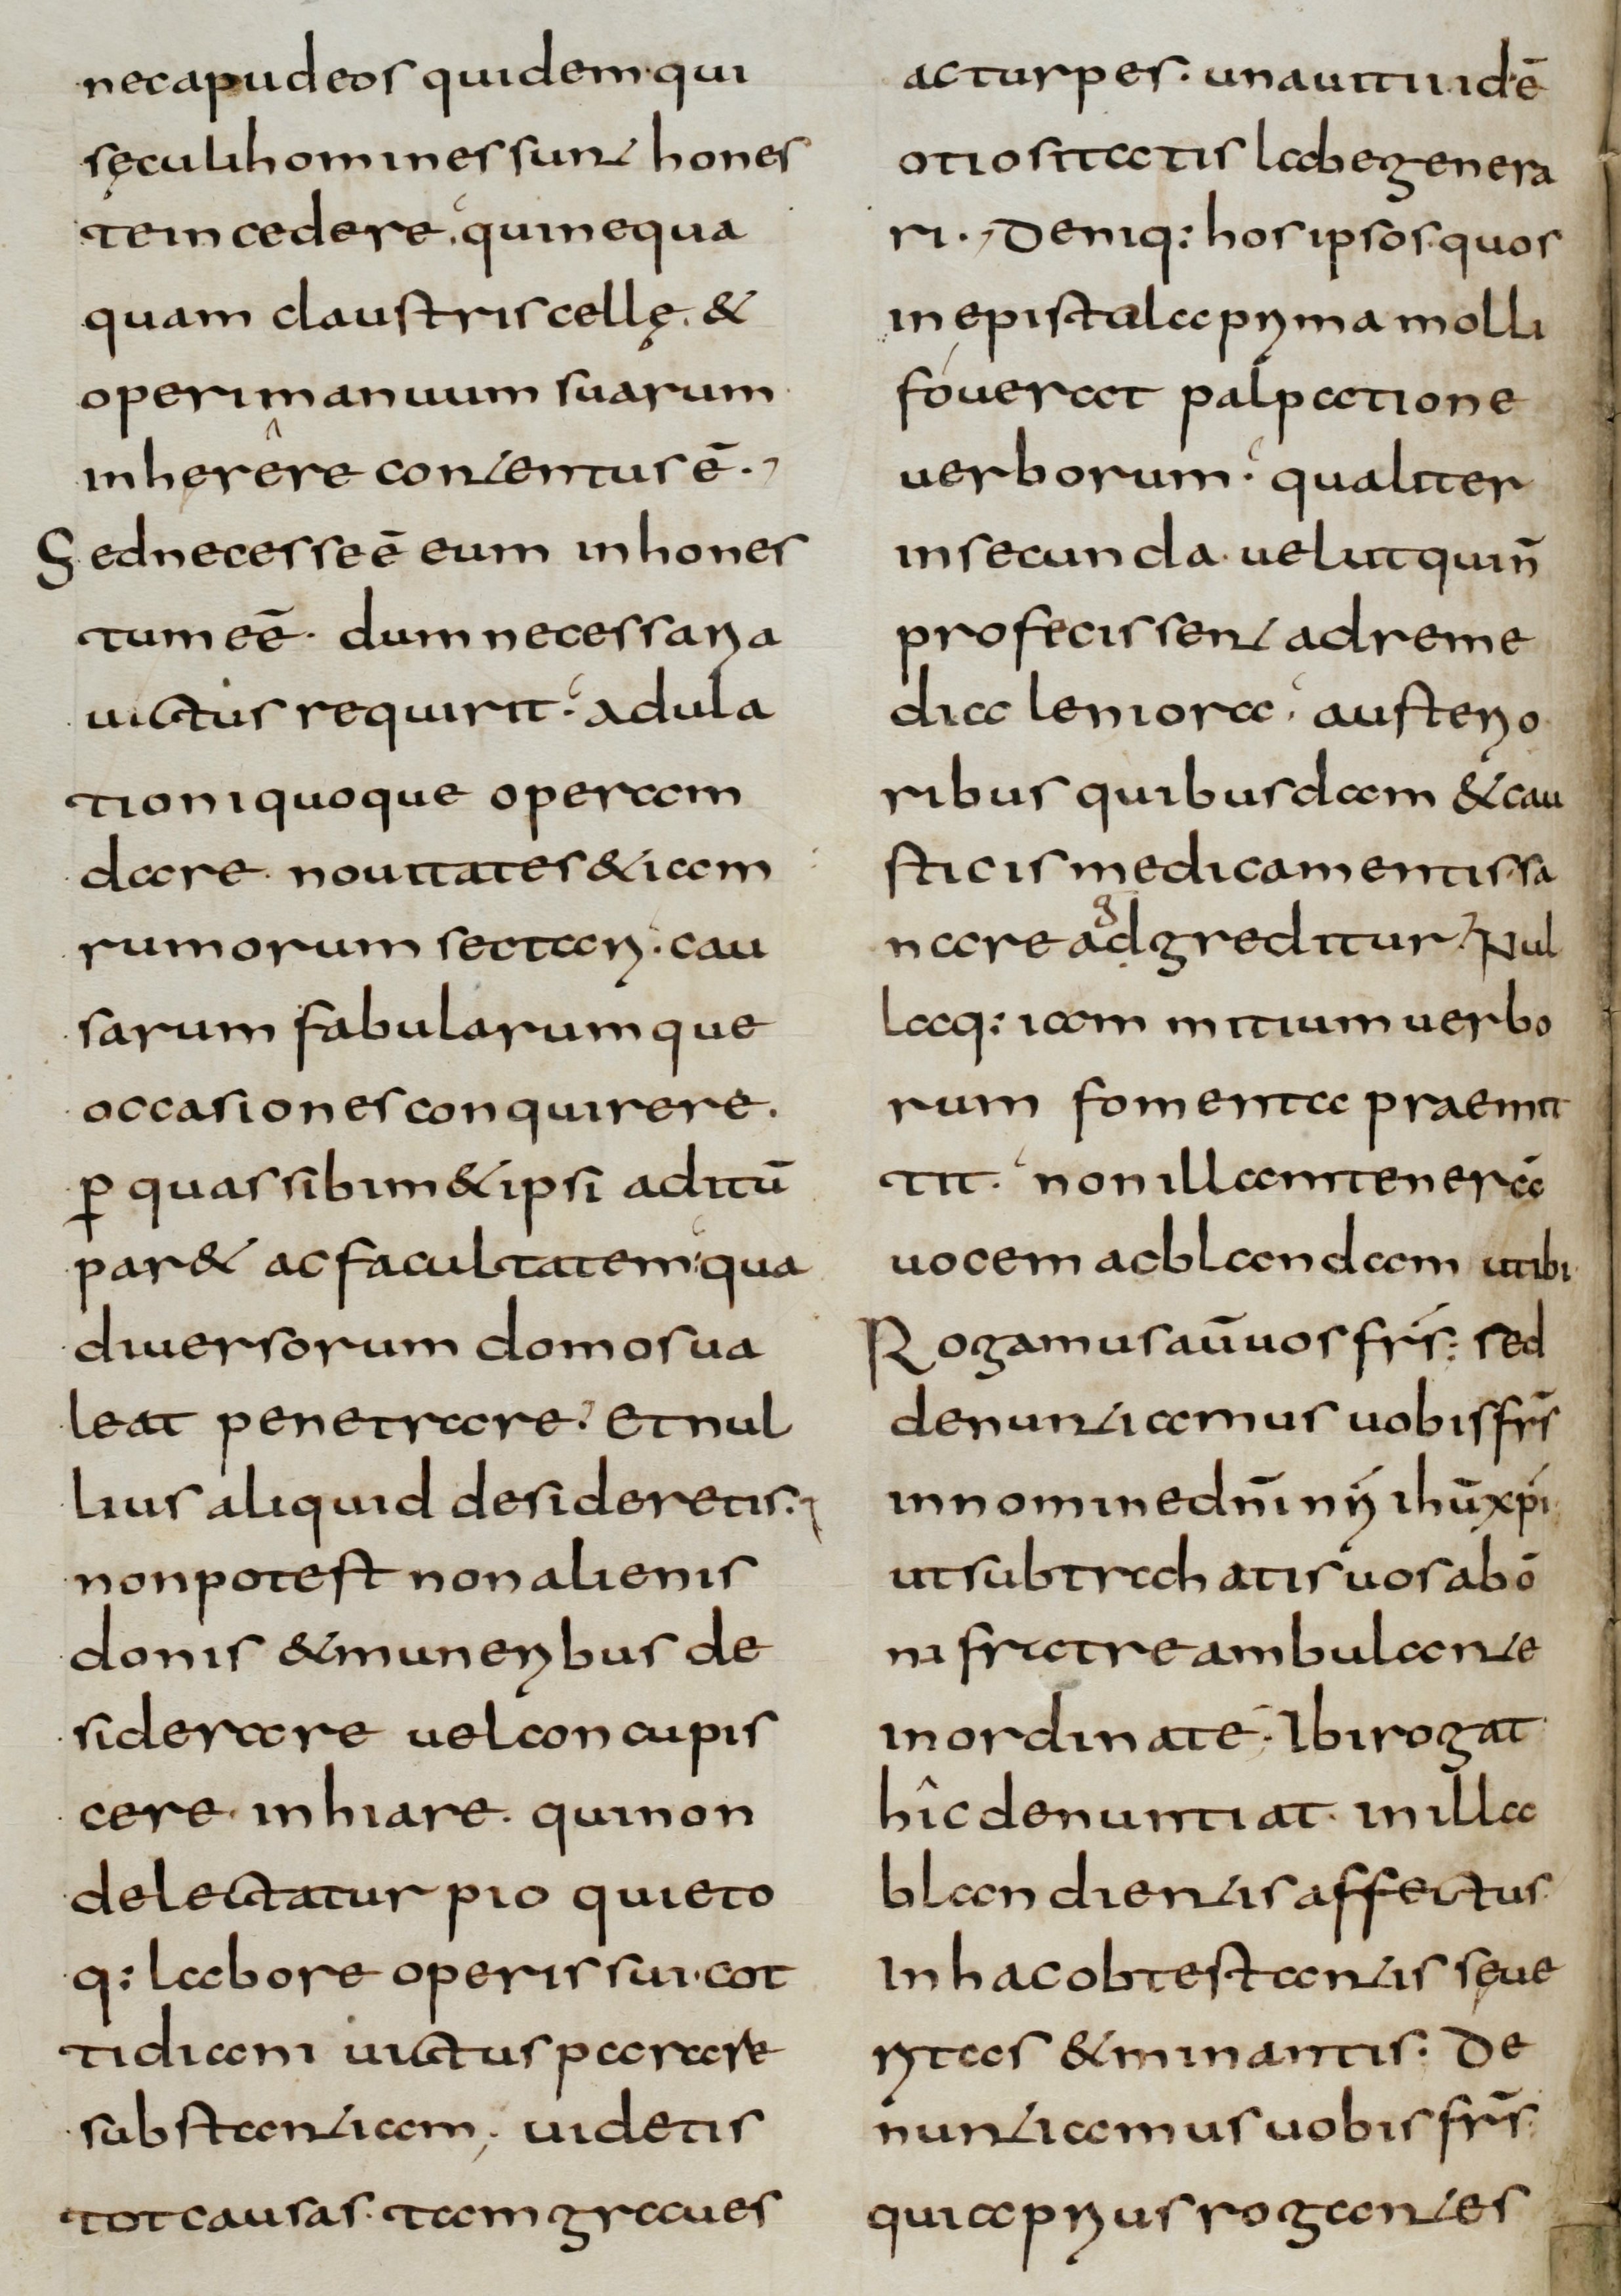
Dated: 800–832